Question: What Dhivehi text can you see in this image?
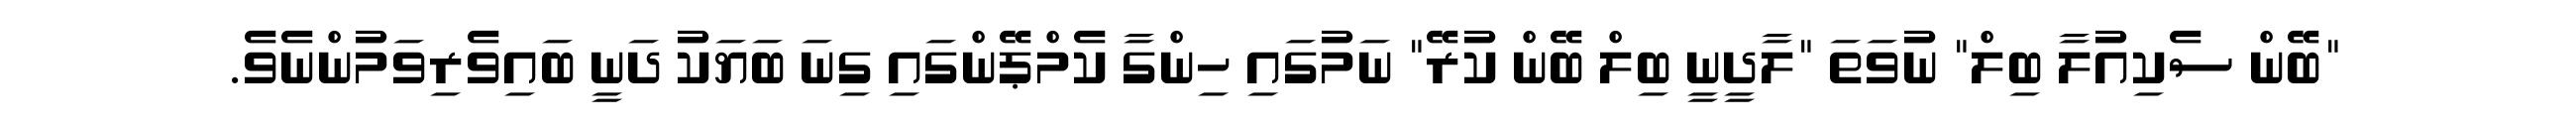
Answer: "ބޭން ސެކިއުލާ ބިލް" ނުވަތަ "ލާދީނީ ބިލް ބޭން ކުރޭ" ނަމުގައި ހިންގާ ކެމްޕޭންގައި ގިނަ ބަޔަކު ދަނީ ބައިވެރިވަމުންނެވެ.